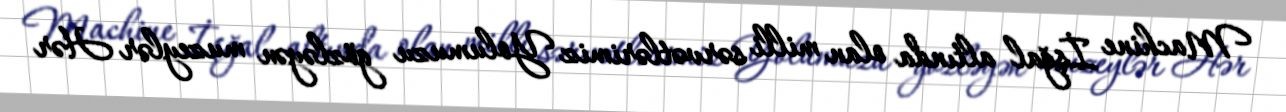
Machine İşğal altında olan milli sərvətlərimiz Yolumuzu gözləyən muzeylər Hər